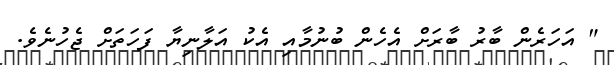
" އަހަރެން ބާރު ބާރަށް އެހެން ބުނުމާއި އެކު އަލާނިޔާ ފަހަތަށް ޖެހުނެވެ.